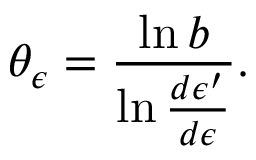
\theta _ { \epsilon } = \frac { \ln b } { \ln \frac { d \epsilon ^ { \prime } } { d \epsilon } } .